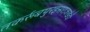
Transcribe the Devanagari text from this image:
तकर्रूबपुरइसराजखेडी